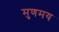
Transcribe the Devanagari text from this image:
मुणमय